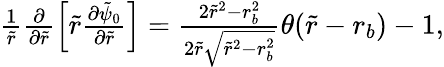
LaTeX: \begin{array}{r}{\frac{1}{\tilde{r}}\frac{\partial}{\partial\tilde{r}}\left[\tilde{r}\frac{\partial\tilde{\psi}_{0}}{\partial\tilde{r}}\right]=\frac{2\tilde{r}^{2}-r_{b}^{2}}{2\tilde{r}\sqrt{\tilde{r}^{2}-r_{b}^{2}}}\theta(\tilde{r}-r_{b})-1,}\end{array}